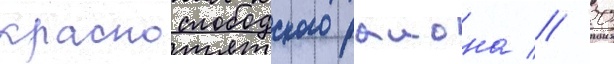
краснослободского раиона // 20